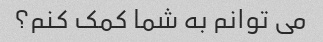
می توانم به شما کمک کنم؟